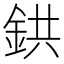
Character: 鉷